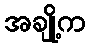
အချို့က